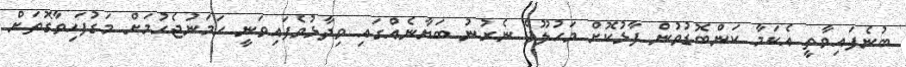
ބުނެފައިވާތީ އެކަމާ ކަންބޮޑުވުން ފާޅުކޮށް މަހުލޫފް ނެރުނު ބަޔާނެއްގައި ވިދާޅުވެފައިވަނީ ހަމަނުޖެހުމަށް މަގުފަހިވާގޮތަށް